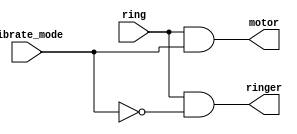
module top_module(
	input ring, 
	input vibrate_mode,
	output ringer,
	output motor
);
	
	// ringer only rings when ring==1 and vibrate_mode==0
	assign ringer = ring & ~vibrate_mode;
	
	// motor only vibrate when ring==1 and vibrate_motor==0
	assign motor = ring & vibrate_mode;
	
endmodule